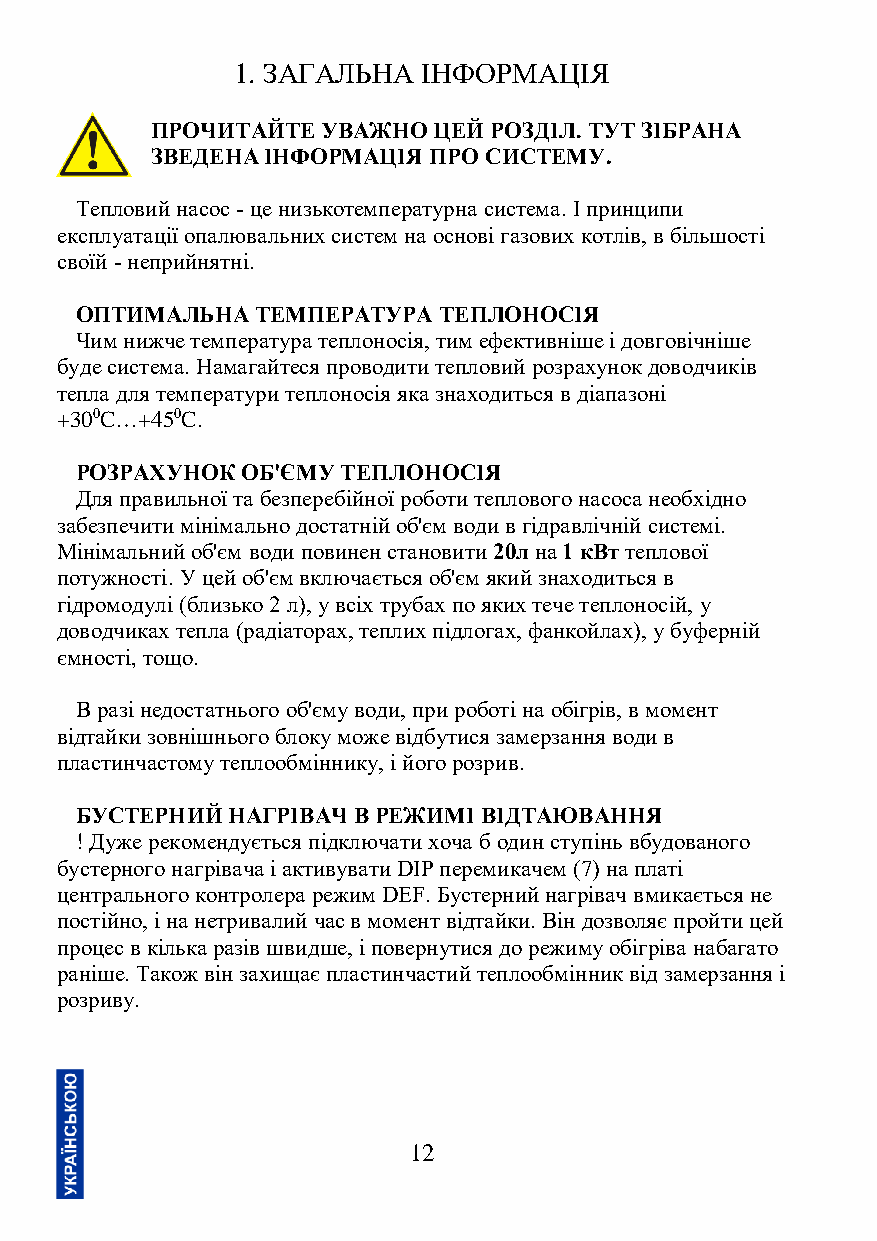
1. ЗАГАЛЬНА  ІНФОРМАЦІЯ
 ПРОЧИТАЙТЕ УВАЖНО  ЦЕЙ РОЗДІЛ. ТУТ ЗІБРАНА
 ЗВЕДЕНА ІНФОРМАЦІЯ ПРО СИСТЕМУ.
 Тепловий насос - це низькотемпературна система. І принципи
 експлуатації опалювальних систем на основі газових котлів, в більшості
 своїй - неприйнятні.
 ОПТИМАЛЬНА  ТЕМПЕРАТУРА ТЕПЛОНОСІЯ
 Чим нижче температура теплоносія, тим ефективніше і довговічніше
 буде система. Намагайтеся проводити тепловий розрахунок доводчиків
 тепла для температури теплоносія яка знаходиться в діапазоні
 +300C…+450C.
 РОЗРАХУНОК ОБ'ЄМУ ТЕПЛОНОСІЯ
 Для правильної та безперебійної роботи теплового насоса необхідно
 забезпечити мінімально достатній об'єм води в гідравлічній системі.
 Мінімальний об'єм води повинен становити 20л на 1 кВт теплової
 потужності. У цей об'єм включається об'єм який знаходиться в
 гідромодулі (близько 2 л), у всіх трубах по яких тече теплоносій, у
 доводчиках тепла (радіаторах, теплих підлогах, фанкойлах), у буферній
 ємності, тощо.
 В разі недостатнього об'єму води, при роботі на обігрів, в момент
 відтайки зовнішнього блоку може відбутися замерзання води в
 пластинчастому теплообміннику, і його розрив.
 БУСТЕРНИЙ НАГРІВАЧ В РЕЖИМІ ВІДТАЮВАННЯ
 ! Дуже рекомендується підключати хоча б один ступінь вбудованого
 бустерного нагрівача і активувати DIP перемикачем (7) на платі
 центрального контролера режим DEF. Бустерний нагрівач вмикається не
 постійно, і на нетривалий час в момент відтайки. Він дозволяє пройти цей
 процес в кілька разів швидше, і повернутися до режиму обігріва набагато
 раніше. Також він захищає пластинчастий теплообмінник від замерзання і
 розриву.
 12